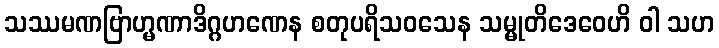
သဿမဏဗြာဟ္မဏာဒိဂ္ဂဟဏေန စတုပရိသဝသေန သမ္မုတိဒေဝေဟိ ဝါ သဟ